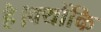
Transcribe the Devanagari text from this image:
है।क्योंकि